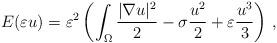
LaTeX: \begin{align*}E(\varepsilon u)=\varepsilon^2\left(\int_\Omega\frac{|\nabla u|^2}{2}-\sigma\frac{u^2}{2}+\varepsilon\frac{u^3}{3}\right)\,,\end{align*}